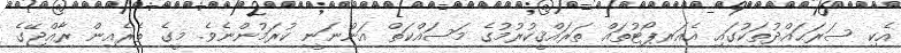
އެކި ސަރަޙައްދުތަކުގައި އެއަރޕޯޓުތައް ތަރައްޤީކުރުމުގެ މަސައްކަތް އަންނަނީ ކުރަމުންނެވެ. މީގެ ތެރެއިން ރާއްޖޭގެ